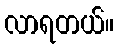
လာရတယ်။